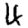
Digit: 4